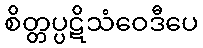
စိတ္တပ္ပဋိသံဝေဒီပေ